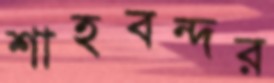
শাহবন্দর